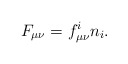
\begin{align*}F_{\mu \nu }=f_{\mu \nu }^in_i. \end{align*}